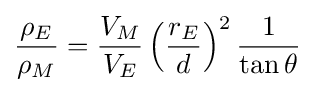
{\frac {\rho _{E}}{\rho _{M}}}={\frac {V_{M}}{V_{E}}}\left({\frac {r_{E}}{d}}\right)^{2}{\frac {1}{\tan \theta }}